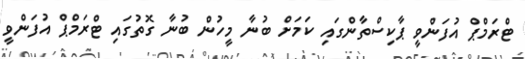
ޓްރަމްޕް އުފަންވީ ޕާކިސްތާންގައި ކަމަށް ބުނާ މީހުން ބުނާ ގޮތުގައި ޓްރަމްޕް އުފަންވީ